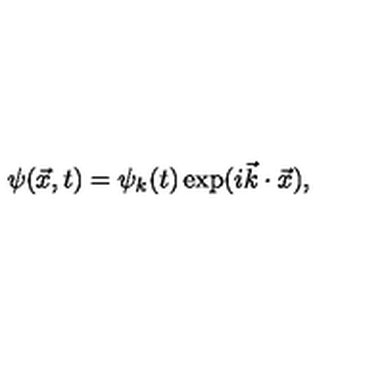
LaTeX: \psi ( { \vec { x } } , t ) = \psi _ { k } ( t ) \exp ( i { \vec { k } } \cdot { \vec { x } } ) ,